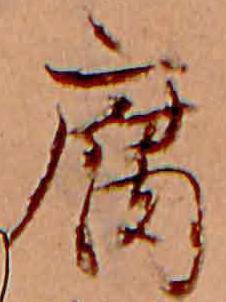
腐